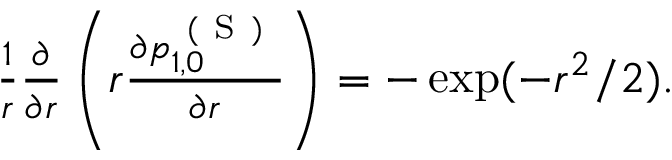
\begin{array} { r } { \frac { 1 } { r } \frac { \partial } { \partial r } \left( r \frac { \partial p _ { 1 , 0 } ^ { \mathrm { ~ ( ~ S ~ ) ~ } } } { \partial r } \right) = - \exp ( - r ^ { 2 } / 2 ) . } \end{array}